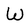
Character: W